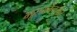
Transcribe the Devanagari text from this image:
भूरचनेनुसार